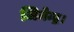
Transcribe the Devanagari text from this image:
जिनेन्द्र।